Lunatic asylums Punjab 1881-1894 - 1881-1894
Year: 1881
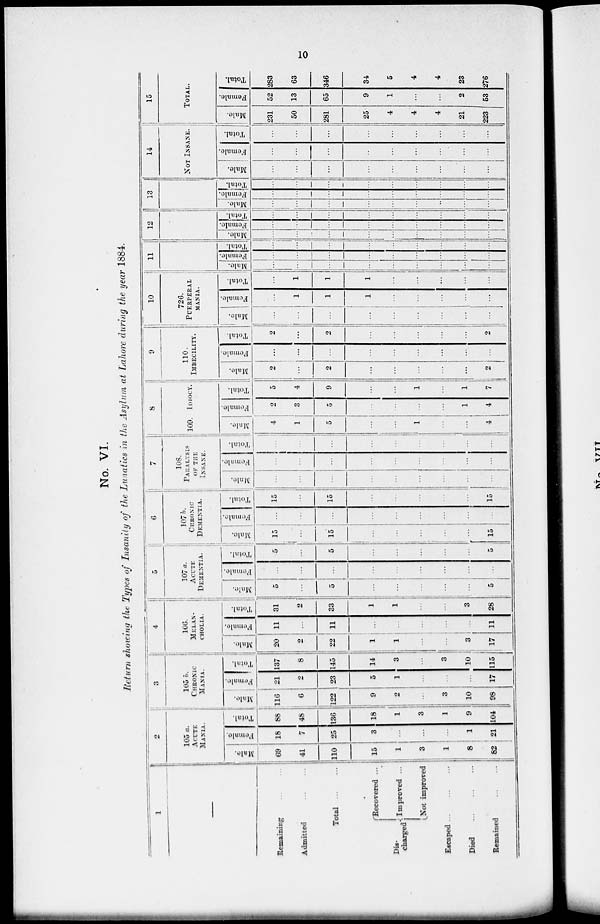
10
No. VI.
Return showing the Types of Insanity of the Lunatics in the Asylum at Lahore during the year 1884.
1
—
Remaining
...
...
Admitted
...
...
Total
...
...
Dis-
charged
Recovered ...
Improved ...
Not improved
Escaped
...
...
...
Died
...
...
...
Remained
...
...
2
105 a.
ACUTE
MANIA.
Male.
69
41
110
15
1
3
1
8
82
Female.
18
7
25
3
...
...
...
1
21
Total.
88
48
136
18
1
3
1
9
104
3
105 b.
CHRONIC
MANIA.
Male.
116
6
122
9
2
...
3
10
98
Female.
21
2
23
5
1
...
...
...
17
Total.
137
8
145
14
3
...
3
10
115
4
106.
MELAN-
------.
Male.
20
2
22
1
1
...
...
3
17
Female.
11
...
11
...
...
...
...
...
11
Total.
31
2
33
1
1
...
...
3
28
5
107 a.
ACUTE
DEMENTIA.
Male.
5
...
5
...
...
...
...
...
5
Female.
...
...
...
...
...
...
...
...
...
Total.
5
...
5
...
...
...
...
...
5
6
107 b.
CHRONIC
DEMENTIA.
Male.
15
...
15
...
...
...
...
...
15
Female.
...
...
...
...
...
...
...
...
...
Total.
15
...
15
...
...
...
...
...
15
7
108.
PARALYSIS
OF THE
INSANE.
Male.
...
...
...
...
...
...
...
...
...
Female.
...
...
...
...
...
...
...
...
...
Total.
...
...
...
...
...
...
...
...
...
8
109. IDIOCY.
Male.
4
1
5
...
...
1
...
...
4
Female.
2
3
5
...
...
...
...
1
4
Total.
5
4
9
...
...
1
...
1
7
9
110.
IMBECILITY.
Male.
2
...
2
...
...
...
...
...
2
Female.
...
...
....
...
...
...
...
...
...
Total.
2
...
2
...
...
...
...
...
2
10
726.
PUERPERAL
MANIA.
Male.
...
...
...
...
...
...
...
...
...
Female.
...
1
1
1
...
...
...
...
...
Total.
...
1
1
1
...
...
...
...
...
11
Male.
...
...
...
...
...
...
...
...
...
Female.
...
...
...
...
...
...
...
...
...
Total.
...
...
...
...
...
...
...
...
...
12
Male.
...
...
...
...
...
...
...
...
...
Female.
...
...
...
...
...
...
...
...
...
Total.
...
...
...
...
...
...
...
...
...
13
Male.
...
...
...
...
...
...
...
...
...
Female.
...
...
...
...
...
...
...
...
...
Total.
...
...
...
...
...
...
...
...
...
14
NOT INSANE.
Male.
...
...
...
...
...
...
...
...
...
Female.
...
...
...
..
...
...
...
...
...
Total.
...
...
...
...
...
...
...
...
...
15
TOTAL.
Male.
231
50
281
25
4
4
4
21
223
Female.
52
13
65
9
1
...
...
2
53
Total.
283
63
346
34
5
4
4
23
276